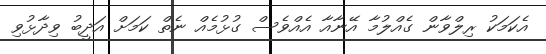
އެކަމަކު ރިލްވާން ގެއްލުމާ އޭނާއާ އެއްވެސް ގުޅުމެއް ނެތް ކަމަށް އަދީބު ވިދާޅުވި